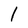
Character: 1